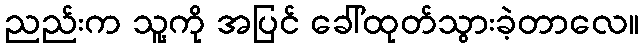
ညည်းက သူ့ကို အပြင် ခေါ်ထုတ်သွားခဲ့တာလေ။